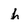
Character: h